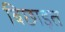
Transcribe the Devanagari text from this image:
बिछाइत